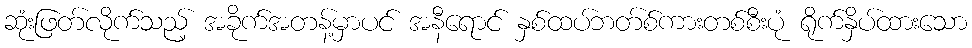
ဆုံးဖြတ်လိုက်သည့် အခိုက်အတန့်မှာပင် အနီရောင် နှစ်ထပ်ဘတ်စ်ကားတစ်စီးပုံ ရိုက်နှိပ်ထားသော